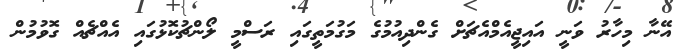
އޭނާ މިހާރު ވަނީ އައިޖީއެމްއެޗަށް ގެންދިއުމުގެ މަގުމަތީގައި ރަސްމީ ލޯންޗުކޮޅުގައި އެއްޗެއް ގޮވުމުން